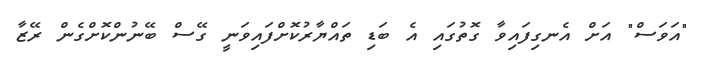
"އަވަސް" އަށް އެނގިފައިވާ ގޮތުގައި އެ ބަޑި ތައްޔާރުކޮށްފައިވަނީ ގޭސް ބޭނުންކޮށްގެން ރޭޒާ